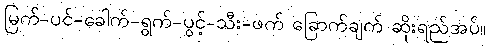
မြက်-ပင်-ခေါက်-ရွက်-ပွင့်-သီး-ဖက် ခြောက်ချက် ဆိုးရည်အပ်။